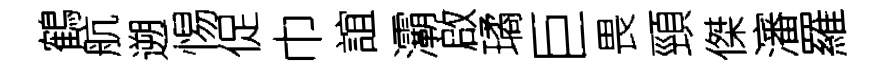
鶴航遡惕促巾誼灞啟璚巨畏頸傑瀋羅